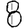
Digit: 8